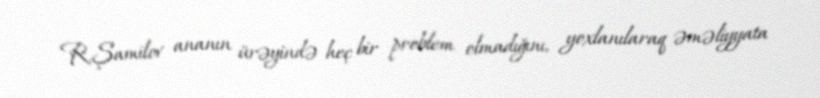
R.Şamilov ananın ürəyində heç bir problem olmadığını, yoxlanılaraq əməliyyata